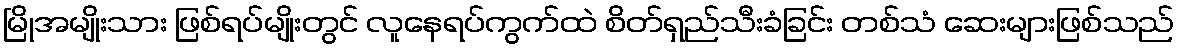
မြိုအမျိုးသား ဖြစ်ရပ်မျိုးတွင် လူနေရပ်ကွက်ထဲ စိတ်ရှည်သီးခံခြင်း တစ်သံ ဆေးများဖြစ်သည်